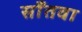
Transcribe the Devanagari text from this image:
साँतवा